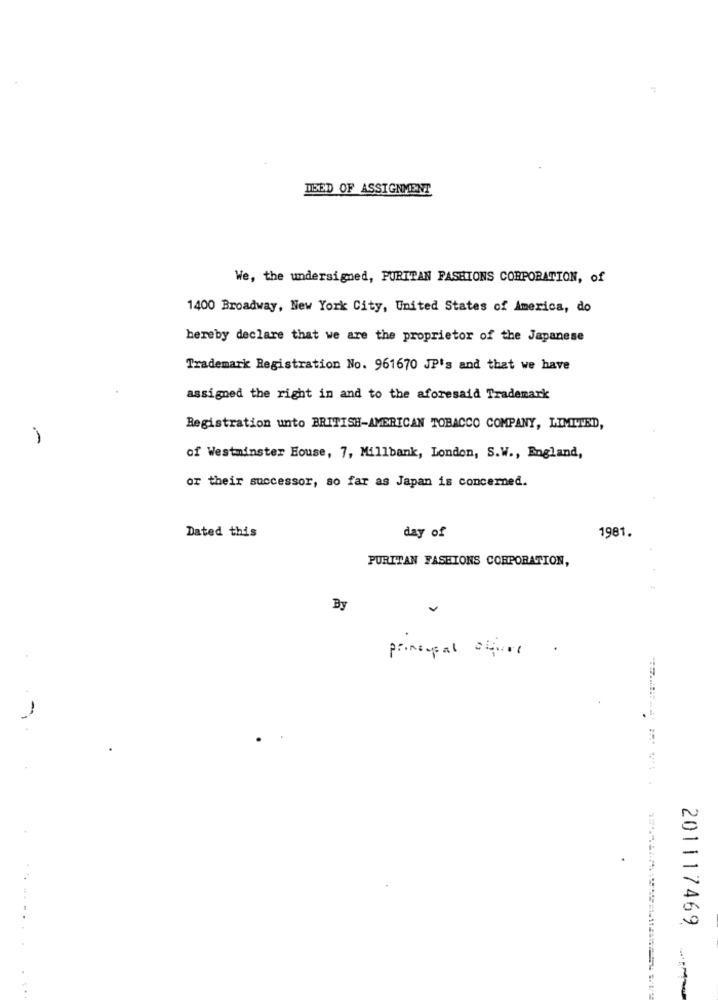
DBED OF ASSIGNMENT
We, the undersigned, PURITAN FASHIONS CORPORATION, of
1400 Broadway, New York City, United States of America, do
hereby declare that we are the proprietor of the Japanese
Trademark Registration No. 961670 JP's and that we have
assigned the right in and to the aforesaid Trademark
Registration unto BRITISH-AMERICAN TOBACCO COMPANY, LIMITED,
of Westminster House, 7, Millbank, London, S.W ., England,
or their successor, so far as Japan is concerned.
1981.
Dated this
day of
PURITAN FASHIONS CORPORATION,
By
principal store
.
.
201117469